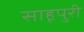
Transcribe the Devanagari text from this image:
साहूपुरी